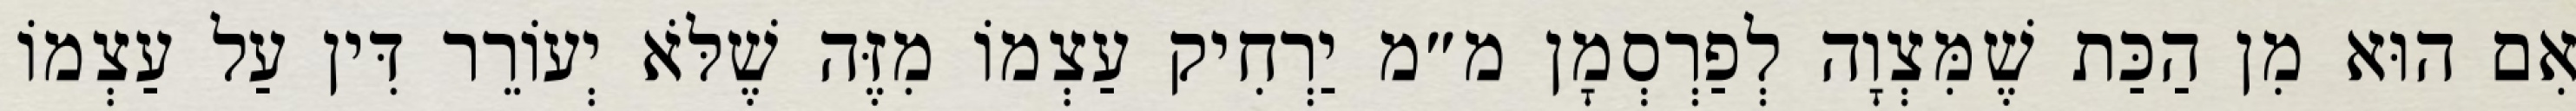
אִם הוּא מִן הַכַּת שֶׁמִּצְוָה לְפַרְסְמָן מ״מ יַרְחִיק עַצְמוֹ מִזֶּה שֶׁלֹּא יְעוֹרֵר דִּין עַל עַצְמוֹ